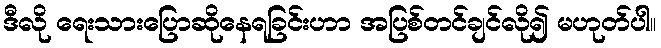
ဒီလို ရေးသားပြောဆိုနေရခြင်းဟာ အပြစ်တင်ချင်လို၍ မဟုတ်ပါ။